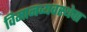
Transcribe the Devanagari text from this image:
विमानव्यवस्थेचा